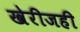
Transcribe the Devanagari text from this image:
खेरीजही